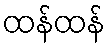
ထန်ထန်